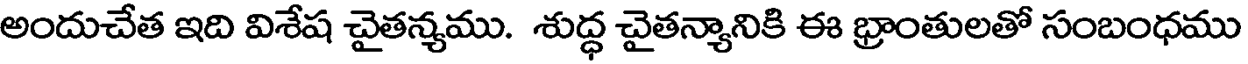
అందుచేత ఇది విశేష చైతన్యము. శుద్ధ చైతన్యానికి ఈ భ్రాంతులతో సంబంధము